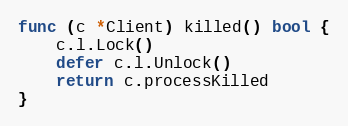
Language: Go
func (c *Client) killed() bool {
	c.l.Lock()
	defer c.l.Unlock()
	return c.processKilled
}